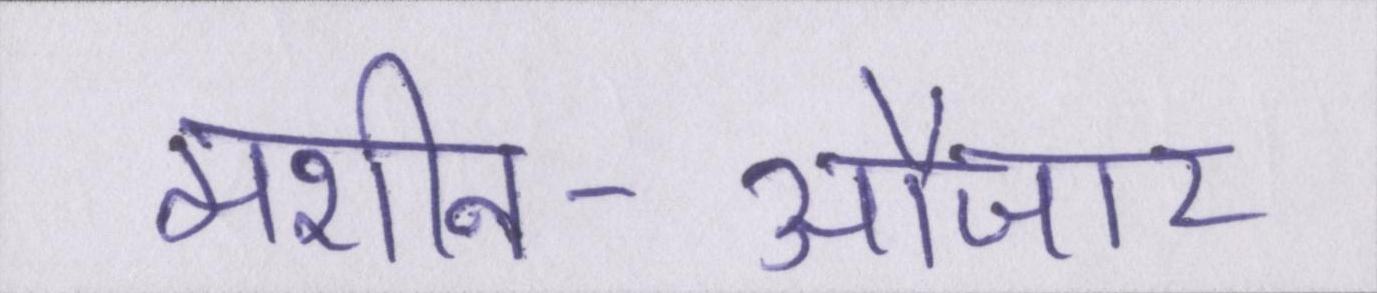
मशीन-औजार